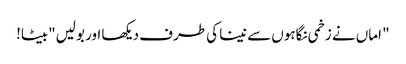
" اماں نے زخمی نگاہوں سے نینا کی طرف دیکھا اور بولیں"بیٹا!